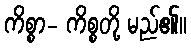
ကိစ္စာ- ကိစ္စတို့ မည်၏။